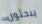
يبحثون